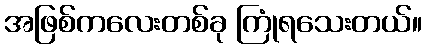
အဖြစ်ကလေးတစ်ခု ကြုံရသေးတယ်။